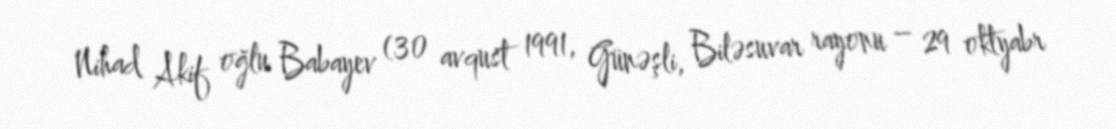
Nihad Akif oğlu Babayev (30 avqust 1991, Günəşli, Biləsuvar rayonu – 29 oktyabr